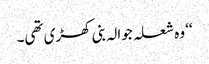
‘‘ وہ شعلہ جوالہ بنی کھڑی تھی۔